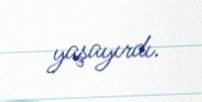
yaşayırdı.